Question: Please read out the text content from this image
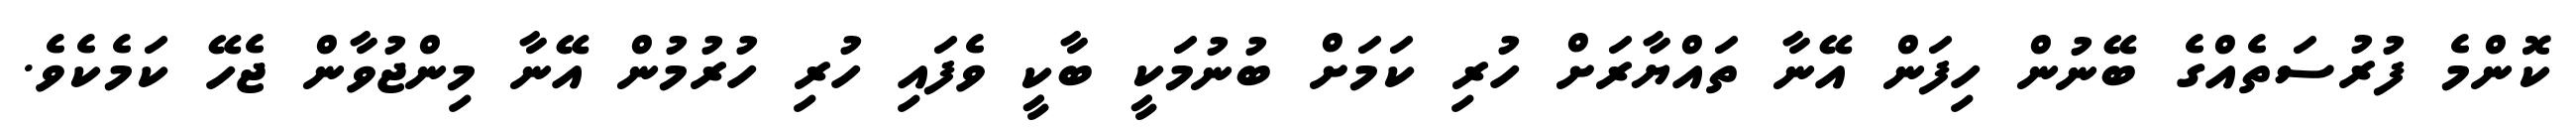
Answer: ކޮންމެ ފުރުސަތެއްގެ ބޭނުން ހިފަން އޭނާ ތައްޔާރަށް ހުރި ކަމަށް ބުނުމަކީ ބާކީ ވެފައި ހުރި ހުރުމުން އޭނާ މިންޖުވާން ޖެހޭ ކަމެކެވެ.